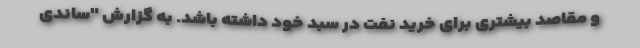
و مقاصد بیشتری برای خرید نفت در سبد خود داشته باشد. به گزارش "ساندی